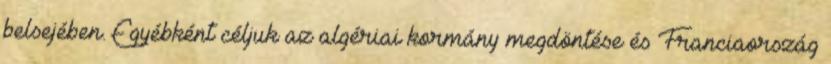
belsejében. Egyébként céljuk az algériai kormány megdöntése és Franciaország